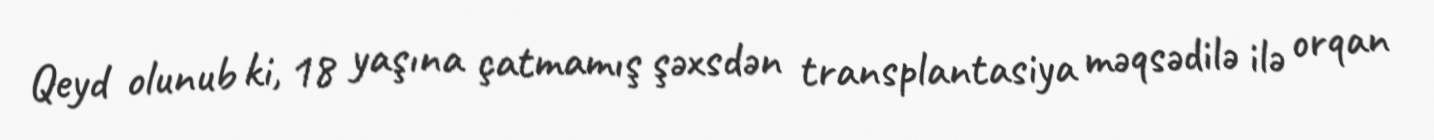
Qeyd olunub ki, 18 yaşına çatmamış şəxsdən transplantasiya məqsədilə ilə orqan